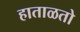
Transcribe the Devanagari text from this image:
हाताळतो